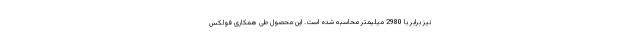
نیز برابر با 2980 میلیمتر محاسبه شده است. این محصول طی همکاری فولکس